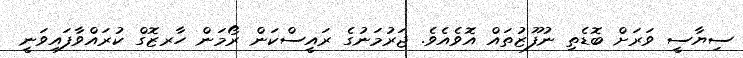
ސިޔާސީ ވަރަށް ބޮޑެތި ނުފޫޒުތައް އޮވެއެވެ. ޖަރުމަނުގެ ރައީސްކަން ރޯމަން ހާރޒޮގް ކުރައްވާފައިވަނީ